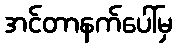
အင်တာနက်ပေါ်မှ